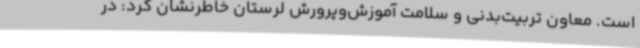
است. معاون تربیت‌بدنی و سلامت آموزش‌وپرورش لرستان خاطرنشان کرد: در